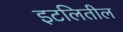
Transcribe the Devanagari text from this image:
इटलितील